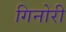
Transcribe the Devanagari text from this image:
गिनोरी